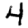
Digit: 4